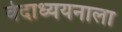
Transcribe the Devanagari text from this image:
वेदाध्ययनाला